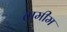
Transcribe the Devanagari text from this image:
तामीम